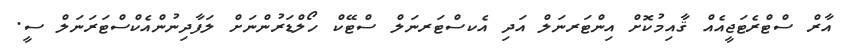
އާރް ސްޓްރެޓަޖީއެއް ޤާއިމުކޮށް އިންޓަރނަލް އަދި އެކސްޓަރނަލް ސްޓޭކް ހޯލްޑަރުންނަށް ލަފާދިނުންއެކްސްޓަރަނަލް ސީ.